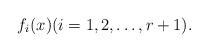
LaTeX: \begin{align*}f_i(x) (i=1,2,\ldots,r+1).\end{align*}